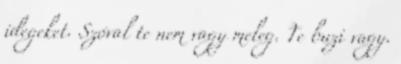
idegeket. Szóval te nem vagy meleg. Te buzi vagy.